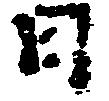
日